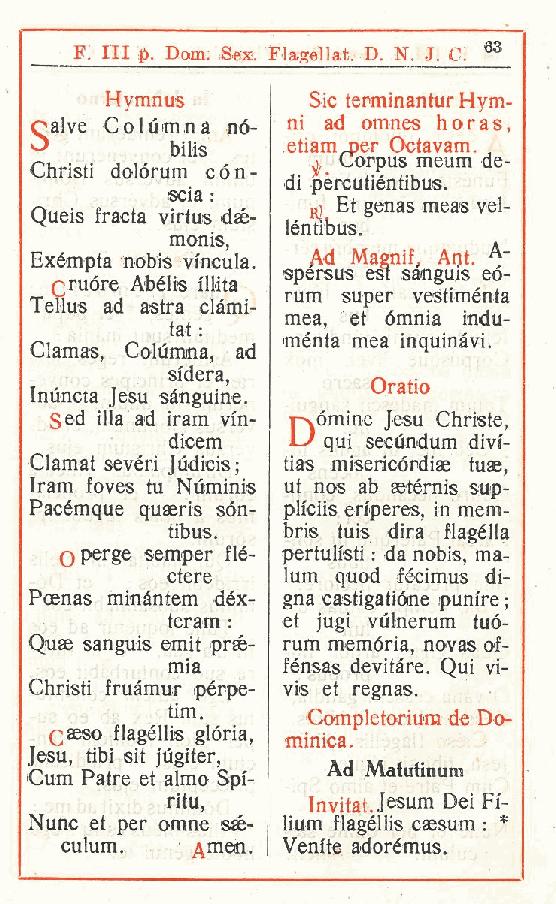
F Ili p. Dom. Sex. Flagellat. D. N. J. Ci 63
 .
 Hymnus       Sic terminantur Hym-
 oalve Columna nó- ni ad omnes horas,
 bilis   etiam jper Octavam.
 o, Corpus meum d,e-
 Christi dolórum còn-
 di pèrcutiéntibus.
 scia :
 Et genas meas vel-
 Queis fracta virtus dsé-
 léntibus.
 monis
 Exémpta nobis vmcu, la. Ad Magnif Ant.
 spersus est sànguis eó-
 rruóre Abélis illita
 Teìlus ad astra clàmi- rum super vestiménta
 mea, et omnia indu-
 tat :
 ménta mea inquinàvi.
 Clamas Columna, ad
 ,
 sidera
 ,        Oratio
 Inùncta Jesu sanguine.
 Sed illa ad iram vin- p òmine Jesu Christe,
 dioem     qui secundum divf-
 Clamat sevèri Judicis; tias miseicórdiae tuae
 ,
 Iram foves tu Numinis ut nos ab seternis sup-
 Pacémque quaeris són- ph'ciis eriperes in mem-
 ,
 tibus.  bris tuis dira flagella
 Operge semper flé- pertuh'sti : da nobis ma-
 ,
 ctere   lum quod fécimus di-
 Poenas minàntem déx- gna castigatiòne punire ;
 teram : et jugi vùlnerum tuó-
 Quae sanguis emit prsé- rum memòria novas of-
 ,
 mia     fénsas devitàre. Qui vi-
 Christi fruàmur pérpe- vis et regnas.
 tim.     Completoriurn de Do-
 Cseso flagéllis glòria,
 minica.
 Jesu, tibi sit jùgiter,
 Ad Matuiinum
 Cum Patre et almo Spi-
 ritu,    Invitai. Jesum Dei Ff-
 Nunc et per omne saé- lium flagéllis caesum : *
 culum.    mm.  Venite adorémus.
 r